Annual administration and progress report of the Indian Medical Department, Bombay
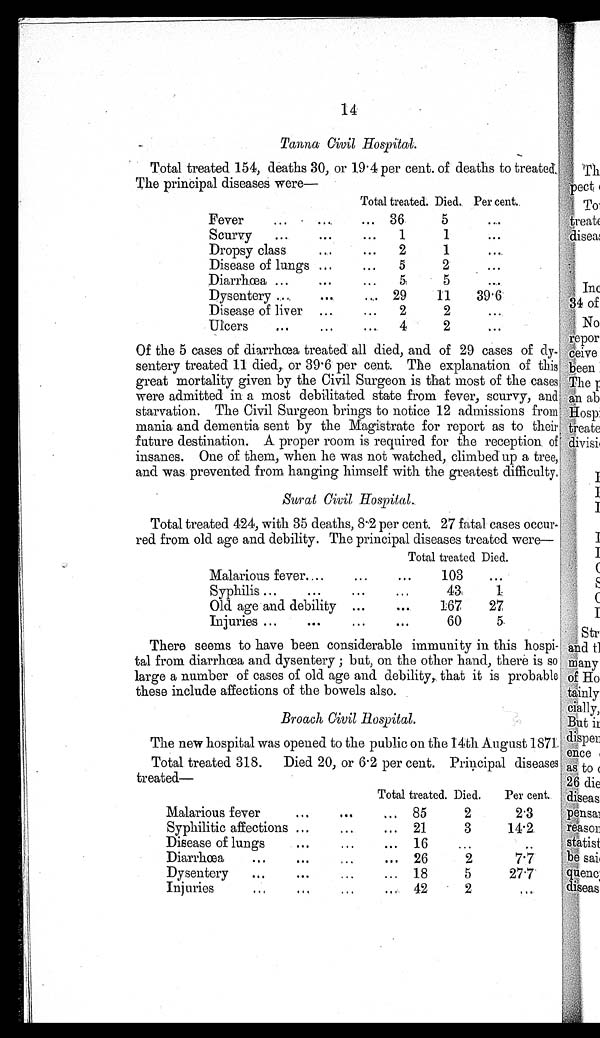
14
Tanna Civil Hospital.
Total treated 154, deaths 30, or 19.4 per cent. of deaths to treated.
The principal diseases were—
Total treated. Died. Per cent.
Fever
...
....
... 36
5
...
Scurvy
...
...
...
1
1
...
Dropsy class
...
...
2
1
. . .
Disease of lungs ...
...
5
2
...
Diarrhœa ...
. . .
...
5
5
...
Dysentery ...
...
.... 29
11
39.6
Disease of liver ...
...
2
2
...
Ulcers
. . .
...
...
4
2
...
Of the 5 cases of diarrhœa treated all died, and of 29 cases of dy-
sentery treated 11 died, or 39.6 per cent. The explanation of this
great mortality given by the Civil Surgeon is that most of the cases
were admitted in a most debilitated state from fever, scurvy, and
starvation. The Civil Surgeon brings to notice 12 admissions from
mania and dementia sent by the Magistrate for report as to their
future destination. A proper room is required for the reception of
insanes. One of them, when he was not watched, climbed up a tree,
and was prevented from hanging himself with the greatest difficulty.
Surat Civil Hospital.
Total treated 424, with 35 deaths, 8.2 per cent. 27 fatal cases occur-
red from old age and debility. The principal diseases treated were—
Total treated Died.
Malarious fever
...
...
. . .
103
...
Syphilis ...
...
...
...
43
1
Old age and debility ...
...
167
27
Injuries ...
. . .
...
...
60
5
There seems to have been considerable immunity in this hospi
tal from diarrhœa and dysentery ; but, on the other hand, there is so
large a number of cases of old age and debility, that it is probable
these include affections of the bowels also.
Broach Civil Hospital.
The new hospital was opened to the public on the 14th August 1871.
Total treated 318. Died 20, or 6.2 per cent. Principal diseases,
treated—
Total treated. Died.
Per cent.
Malarious fever
...
...
...
85
2
2.3
Syphilitic affections ...
...
... 21
3
14.2
Disease of lungs
...
...
... 16
...
..
Diarrhœa
...
...
...
... 26
2
7.7
Dysentery
...
...
...
... 18
5
27.7
Injuries
...
...
...
...
42
2
...